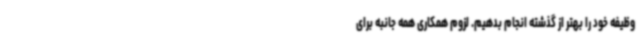
وظیفه خود را بهتر از گذشته انجام بدهیم. لزوم همکاری همه جانبه برای